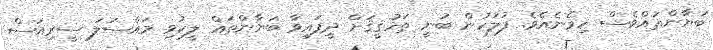
ބަޔާންތައްވެސް ހިމެނެއެވެ. ފުލުހުން ބުނީ ތަހުޤީޤަށް ދީފައިވާ ބަޔާންތައް ލީކުވި މައްސަލަ ސީރިއަސް